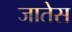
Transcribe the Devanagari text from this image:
जातेस